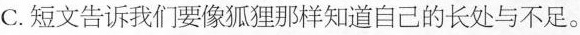
C.短文告诉我们要像狐狸那样知道自己的长处与不足。